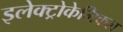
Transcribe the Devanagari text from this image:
इलेक्ट्रोकेमिकल